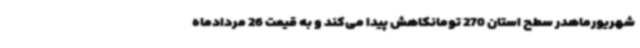
شهریورماهدر سطح استان 270 تومانکاهش پیدا می‌کند و به قیمت 26 مردادماه